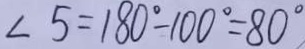
\angle 5 = 1 8 0 ^ { \circ } - 1 0 0 ^ { \circ } = 8 0 ^ { \circ }